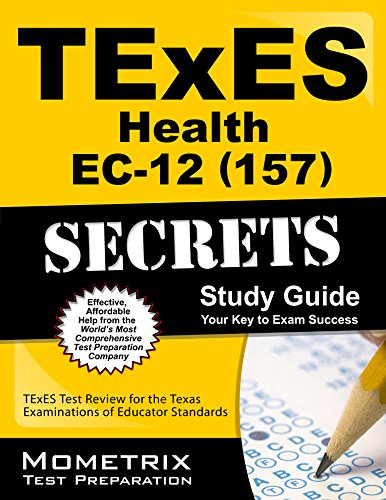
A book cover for TExES Health EC-12 (157) Secrets Study Guide: TExES Test Review for the Texas Examinations of Educator Standards (Mometrix Test Preparation); TExES Exam Secrets Test Prep Team; Test Preparation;